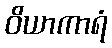
ဝိယာကာရံ